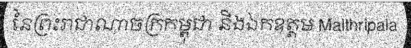
នៃព្រះរាជាណាចក្រកម្ពុជា និងឯកឧត្តម Malthripala